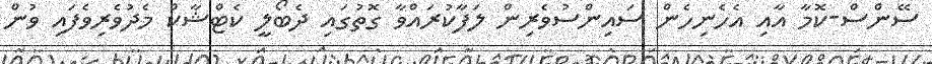
ސޭންސް-ކޮމާ އާއި އެހެނިހެން ސައިންސުވެރިން ލަފާކުރައްވާ ގޮތުގައި ދެބޯލީ ކެޓްޝާކް މެދުވެރިވެފައި ވުން